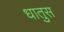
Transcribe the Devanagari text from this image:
धातुस